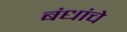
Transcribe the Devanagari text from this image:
बंधांचे